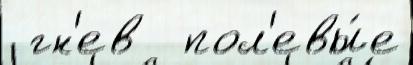
 гн'ев  пол'евы́е